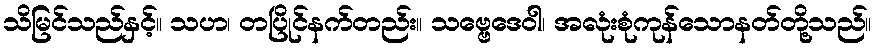
သိမြင်သည်နှင့်။ သဟ၊ တပြိုင်နက်တည်း။ သဗ္ဗေဒေဝါ၊ အလုံးစုံကုန်သောနတ်တို့သည်။